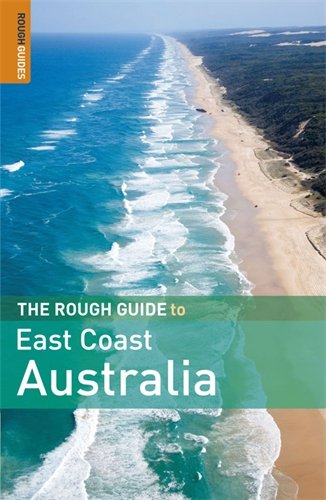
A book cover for The Rough Guide to East Coast Australia 1 (Rough Guide Travel Guides); Emma Gregg; Travel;